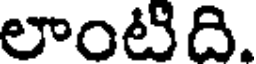
లాంటిది.